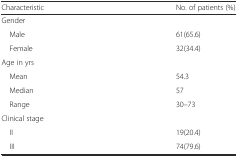
<table><thead><tr><td><b>Characteristic</b></td><td><b>No. of patients (%)</b></td></tr></thead><tbody><tr><td colspan="2">Gender</td></tr><tr><td> Male</td><td>61(65.6)</td></tr><tr><td> Female</td><td>32(34.4)</td></tr><tr><td colspan="2">Age in yrs</td></tr><tr><td> Mean</td><td>54.3</td></tr><tr><td> Median</td><td>57</td></tr><tr><td> Range</td><td>30–73</td></tr><tr><td colspan="2">Clinical stage</td></tr><tr><td> II</td><td>19(20.4)</td></tr><tr><td> III</td><td>74(79.6)</td></tr></tbody></table>